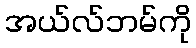
အယ်လ်ဘမ်ကို